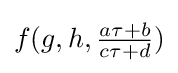
f(g,h,{\tfrac {a\tau +b}{c\tau +d}})